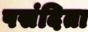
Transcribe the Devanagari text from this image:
पसंदिता